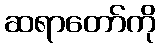
ဆရာတော်ကို